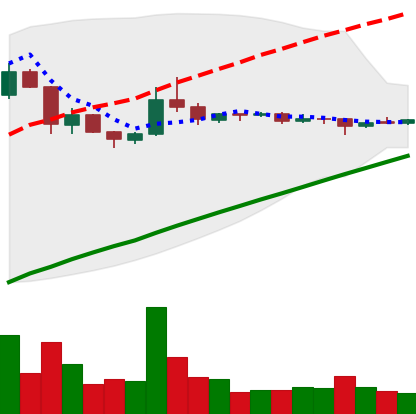
Ticker: DOGE-USD
Chart end date: 2020-07-30
Forward return: 9.409%
Label: up_7plus